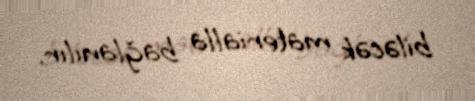
biləcək materialla bağlanılır.